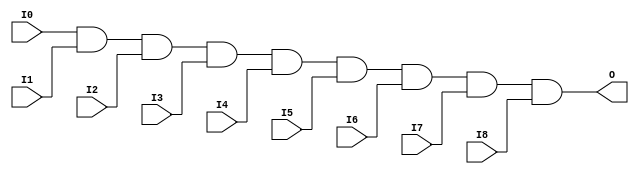
module X_AND9 (O, I0, I1, I2, I3, I4, I5, I6, I7, I8);

  output O;
  input I0, I1, I2, I3, I4, I5, I6, I7, I8;

  and (O, I0, I1, I2, I3, I4, I5, I6, I7, I8);

  specify

	(I0 => O) = (0:0:0, 0:0:0);
	(I1 => O) = (0:0:0, 0:0:0);
	(I2 => O) = (0:0:0, 0:0:0);
	(I3 => O) = (0:0:0, 0:0:0);
	(I4 => O) = (0:0:0, 0:0:0);
	(I5 => O) = (0:0:0, 0:0:0);
	(I6 => O) = (0:0:0, 0:0:0);
	(I7 => O) = (0:0:0, 0:0:0);
	(I8 => O) = (0:0:0, 0:0:0);
	specparam PATHPULSE$ = 0;

  endspecify

endmodule